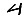
Digit: 4